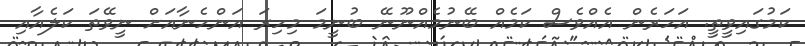
ކަމުގައިވީތީ. އަހަރެން އެއްވެސް ކަމެއް ބޭނުމެއްނޫނޭ ބުނީމަ މިހިރަ އަންހެނާއަށް ނީވޭތަ ކަލެއާއި